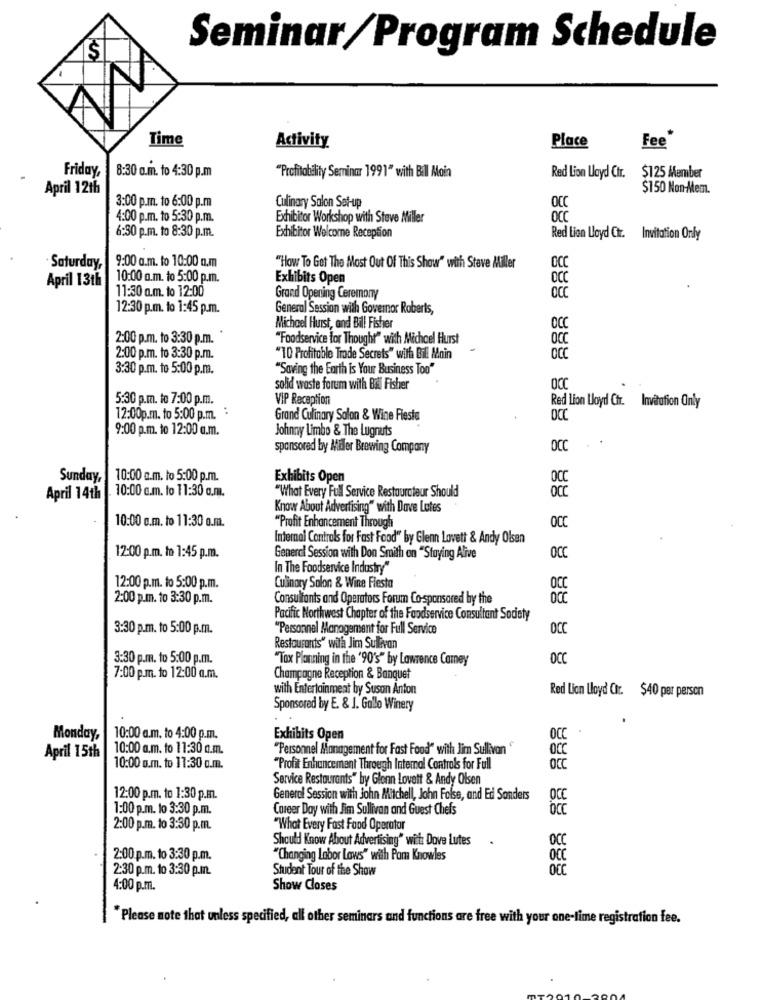
Seminar/Program Schedule
S
Time
Activity
Place
Fee'
Friday,
8:30 a.m. to 4:30 p.m
"Profitability Seminar 1991" with Bil Moin
Red Lion Lloyd Ctr. $125 Member
April 12th
$150 Non-Mem.
3:00 p.m. to 6:00 p.m
Culinary Salon Set-up
OCC
4:00 p.m. to 5:30 p.m.
Exhibitor Workshop with Steve Miller
OCC
6:30 p.m. to 8:30 p.m.
Exhibitor Welcome Reception
Red Lion Lloyd Ctr. Invitation Only
9:00 a.m. to 10:00 n.m
Saturday,
"How To Get The Most Out Of This Show" with Steve Miller
OCC
April 13th
10:00 a.m. to 5:00 p.m.
Exhibits Open
OCC
11:30 a.m. to 12:00
Grand Opening Ceremony
OCC
12:30 p.m. to 1:45 p.m.
General Session with Governor Roberts,
Michael Hurst, and Bil! Fisher
OCC
2:00 p.m. to 3:30 p.m.
"Foodservice for Thought" with Michcel Hurst
2:00 p.m. to 3:30 p.m.
"10 Profitable Trade Secrets" with Bill Main
OCC
3:30 p.m. to 5:00 p.s.
"Saving the Earth is Your Business Too"
solid waste forum with Ball Fisher
5:30 p.m. to 7:00 p.m.
VIP Reception
Red Lion Lloyd Chr. Invitation Only
12:00p.m. to 5:00 p.m. :
Grand Culinary Salon & Wine Fiesta
DCC
9:00 p.m. to 12:00 a.m.
Johnny Limbo & The Lugnuts
sponsored by Maler Brewing Company
OCC
Sunday,
10:00 a.m. to 5:00 p.m.
Exhibits Open
OCC
10:00 c.m. to 11:30 a.m.
OCC
April 14th
"What Every Full Service Restaurateur Should
Know About Advertising" with Dove Lotes
10:00 c.m. to 11:30 a.m.
"Profit Enhancement Through
OCC
Internal Controls for Fast Food" by Glenn Lovett & Andy Olsen
12:00 p.m. to 1:45 p.m.
General Session with Don Smith on "Staying Alive
OCC
In The Foodservice Industry"
12:00 p.m. to 5:00 p.m.
Culinary Solon & Wine Fiesta
OCC
2:00 p.m. to 3:30 p.m.
Consultants and Operators Forum Co-sponsored by the
Pacific Northwest Chapter of the Foodservice Consultant Society
3:30 p.m. to 5:00 p.m.
"Personnel Management for Full Service
OCC
Restaurants" with Jim Sullivan
3:30 p.m. to 5:00 p.m.
"Tax Planning in the '90's" by Lawrence Camey
OCC
7:00 p.m. to 12:00 a.m.
Champagne Reception & Banquet
with Entertainment by Susan Anton
Red Lion Lloyd Ctr. $40 per person
Sponsored by E. & J. Gallo Winery
Monday,
10:00 a.m. to 4:00 p.m.
Exhibits Open
OCC
10:00 a.m. to 11:30 a.m.
"Personnel Management for Fast Food" with Jim Sullivan
April 15th
10:00 a.m. to 11:30 o.m.
"Profit Enhancement Through Internal Controls for Full
OCC
Service Restaurants" by Glonn Lovett & Andy Olsen
12:00 p.m. to 1:30 p.m.
General Session with John Mitchell, John Folse, and Ed Sonders
OCC
1:00 p.m. to 3:30 p.m.
Career Day with Jim Sullivan and Guest Chefs
2:00 p.m. to 3:30 p.m.
"What Every Fast Food Operator
Should Know About Advertising" with: Dove Lutes
OCC
2:00 p.m. to 3:30 p.m.
"Changing Labor Laws" with Pam Knowles
OCC
2:30 p.m. to 3:30 p.m.
Student Tour of the Show
4:00 p.m.
Show Closes
"Please note that unless specified, all other seminars and functions are free with your one-time registration fee.